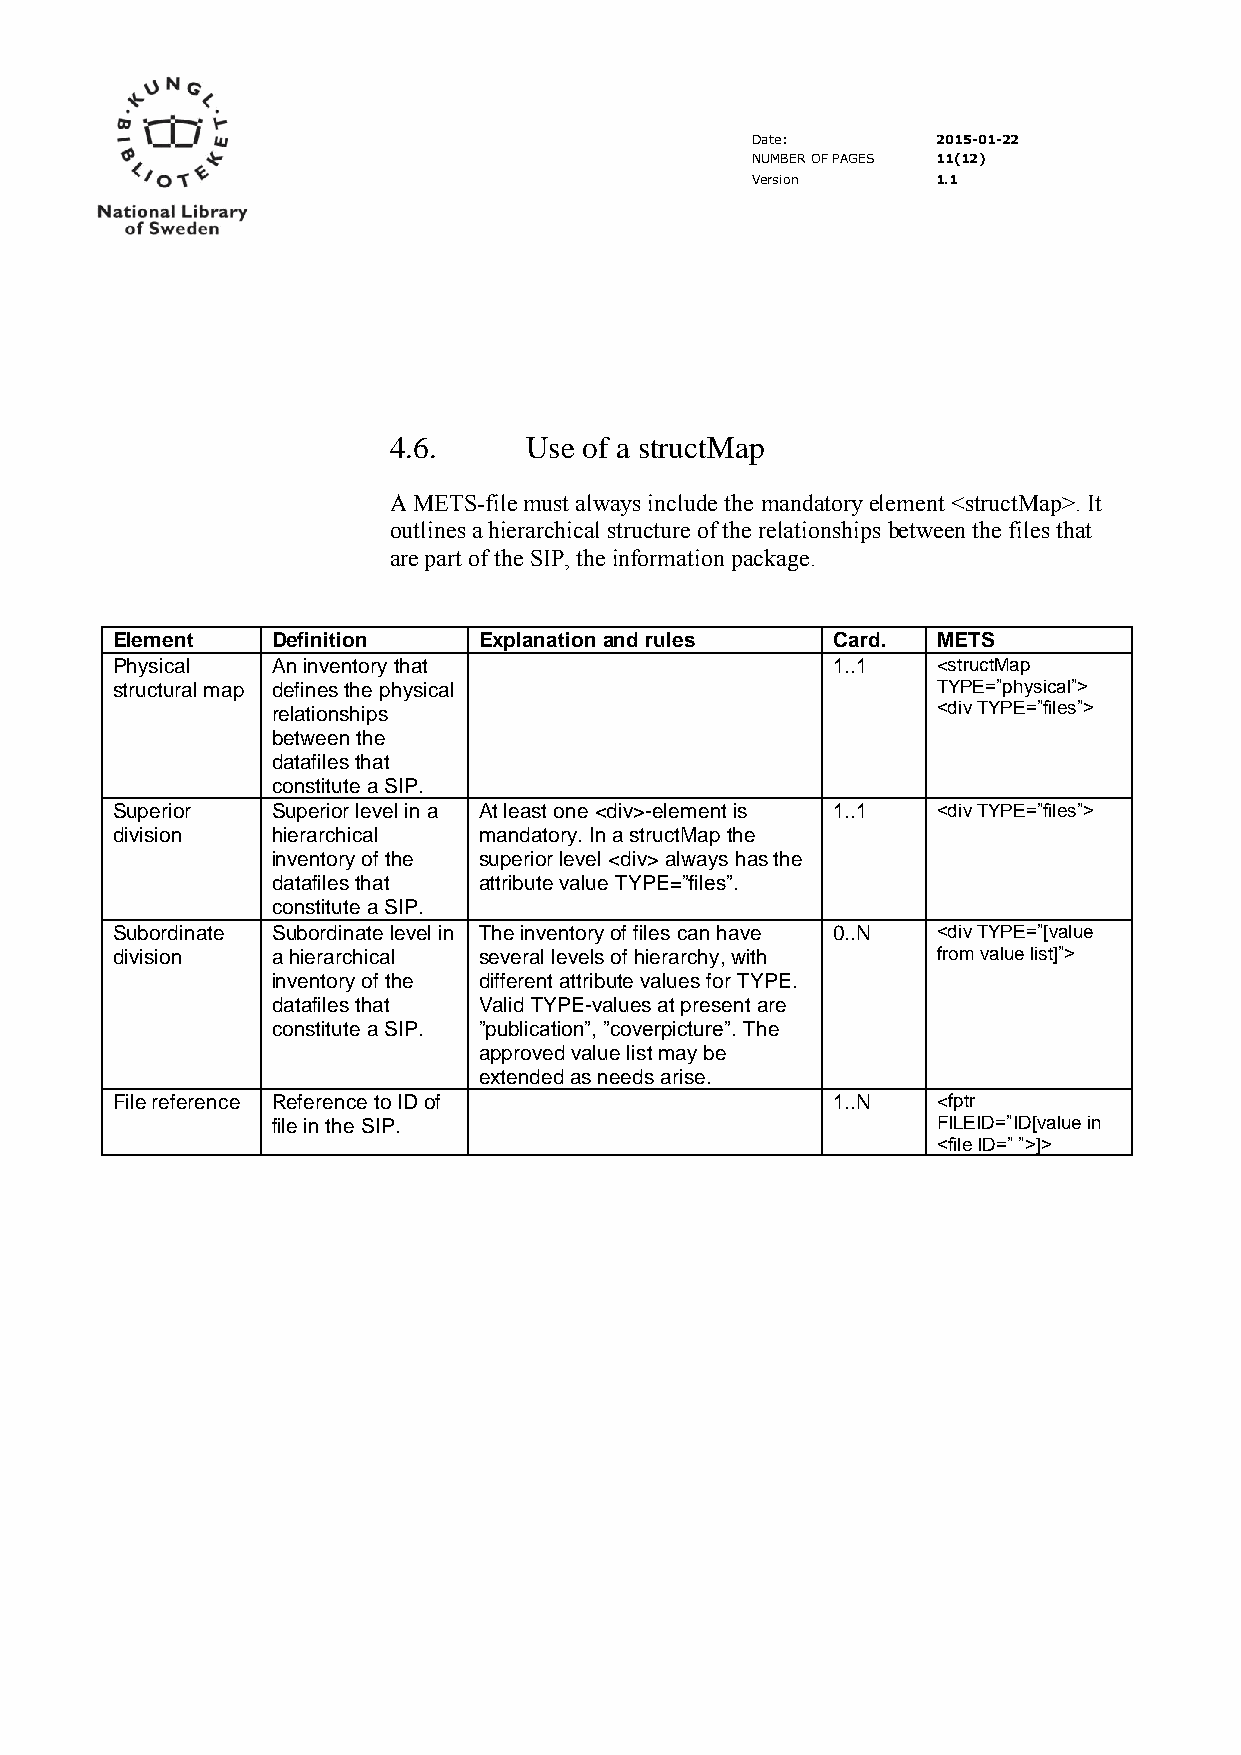
Date:       2015-01-22
 NUMBER OF PAGES 11(12)
 Version     1.1
 4.6.     Use of a structMap
 A METS-file must always include the mandatory element <structMap>. It
 outlines a hierarchical structure of the relationships between the files that
 are part of the SIP, the information package.
 Element    Definition    Explanation and rules  Card.  METS
 Physical   An inventory that                    1..1   <structMap
 structural map defines the physical                    TYPE=”physical”>
 relationships                               <div TYPE=”files”>
 between the
 datafiles that
 constitute a SIP.
 Superior   Superior level in a At least one <div>-element is 1..1 <div TYPE=”files”>
 division   hierarchical  mandatory. In a structMap the
 inventory of the superior level <div> always has the
 datafiles that attribute value TYPE=”files”.
 constitute a SIP.
 Subordinate Subordinate level in The inventory of files can have 0..N <div TYPE=”[value
 division   a hierarchical several levels of hierarchy, with from value list]”>
 inventory of the different attribute values for TYPE.
 datafiles that Valid TYPE-values at present are
 constitute a SIP. ”publication”, ”coverpicture”. The
 approved value list may be
 extended as needs arise.
 File reference Reference to ID of               1..N   <fptr
 file in the SIP.                            FILEID=”ID[value in
 <file ID=” ”>]>